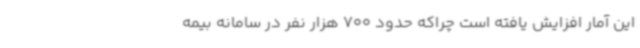
این آمار افزایش یافته است چراکه حدود 700 هزار نفر در سامانه بیمه